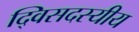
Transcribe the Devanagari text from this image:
द्विसदस्यीय